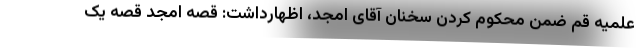
علمیه قم ضمن محکوم کردن سخنان آقای امجد، اظهارداشت: قصه امجد قصه یک